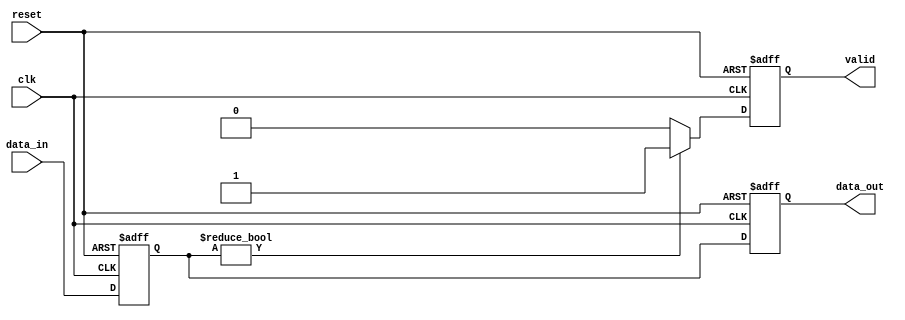
module synchronous_logic (
    input wire clk,            // Clock input
    input wire reset,          // Asynchronous reset signal
    input wire [7:0] data_in,  // 8-bit data input
    output reg [7:0] data_out, // 8-bit data output
    output reg valid          // Output valid signal
);

    // Internal state variable
    reg [7:0] internal_state;

    // Always block sensitive to the positive edge of clk
    always @ (posedge clk or posedge reset) begin
        if (reset) begin
            // Reset logic
            internal_state <= 8'b0; // Clear the internal state
            data_out <= 8'b0;        // Clear the output
            valid <= 1'b0;           // Reset valid signal
        end else begin
            // State updates
            internal_state <= data_in; // Capture input data
            data_out <= internal_state; // Update output
            // Example conditional logic
            if (internal_state != 8'b0) begin
                valid <= 1'b1; // Set valid if internal state is not zero
            end else begin
                valid <= 1'b0; // Clear valid if internal state is zero
            end
        end
    end

endmodule